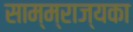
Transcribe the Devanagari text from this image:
साम्म्राज्यका